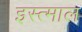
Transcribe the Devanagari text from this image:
इस्त्माल